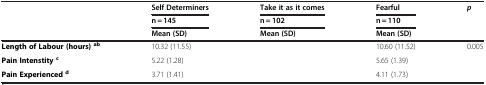
<table><thead><tr><td>[EMPTY_CELL]</td><td><b>Self Determiners</b></td><td><b>Take it as it comes</b></td><td><b>Fearful</b></td><td><b> <i>p</i> </b></td></tr><tr><td>[EMPTY_CELL]</td><td><b>n = 145</b></td><td><b>n = 102</b></td><td><b>n = 110</b></td><td>[EMPTY_CELL]</td></tr><tr><td>[EMPTY_CELL]</td><td><b>Mean (SD)</b></td><td><b>Mean (SD)</b></td><td><b>Mean (SD)</b></td><td>[EMPTY_CELL]</td></tr></thead><tbody><tr><td><b>Length of Labour (hours)</b><sup><b>ab</b></sup></td><td>10.32 (11.55)</td><td>[EMPTY_CELL]</td><td>10.60 (11.52)</td><td>0.005</td></tr><tr><td><b>Pain Intenstity</b><sup><b>c</b></sup></td><td>5.22 (1.28)</td><td>[EMPTY_CELL]</td><td>5.65 (1.39)</td><td>[EMPTY_CELL]</td></tr><tr><td><b>Pain Experienced</b><sup><b>d</b></sup></td><td>3.71 (1.41)</td><td>[EMPTY_CELL]</td><td>4.11 (1.73)</td><td>[EMPTY_CELL]</td></tr></tbody></table>